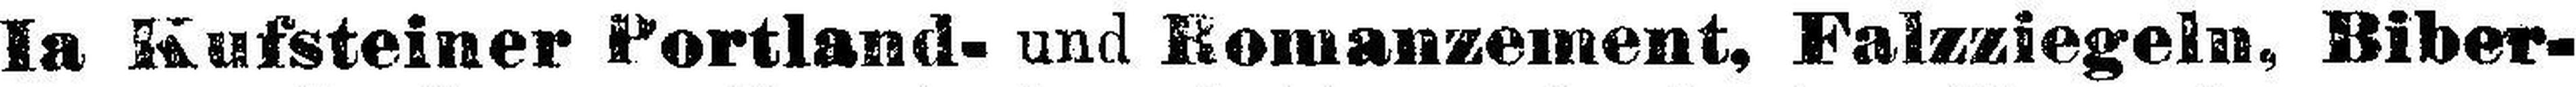
Ia Kufsteiner Portland- und Romanzement, Falzziegeln, Biber¬